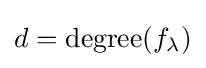
d={\rm {degree}}(f_{\lambda })